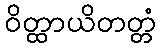
ဝိတ္ထာယိတတ္တံ